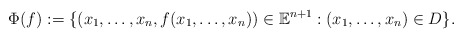
\begin{align*}\Phi(f):=\{(x_1,\ldots,x_n,f(x_1,\ldots,x_n))\in {\mathbb E}^{n+1}: (x_1,\ldots,x_n)\in D\}.\end{align*}